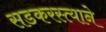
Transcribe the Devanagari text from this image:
सडकरस्त्याने